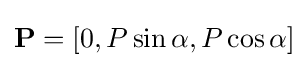
\mathbf {P} =[0,P\sin \alpha ,P\cos \alpha ]